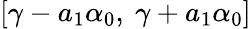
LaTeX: [\gamma-a_{1}\alpha_{0},\ \gamma+a_{1}\alpha_{0}]